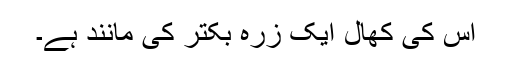
اس کی کھال ایک زرہ بکتر کی مانند ہے۔